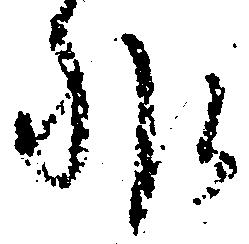
非